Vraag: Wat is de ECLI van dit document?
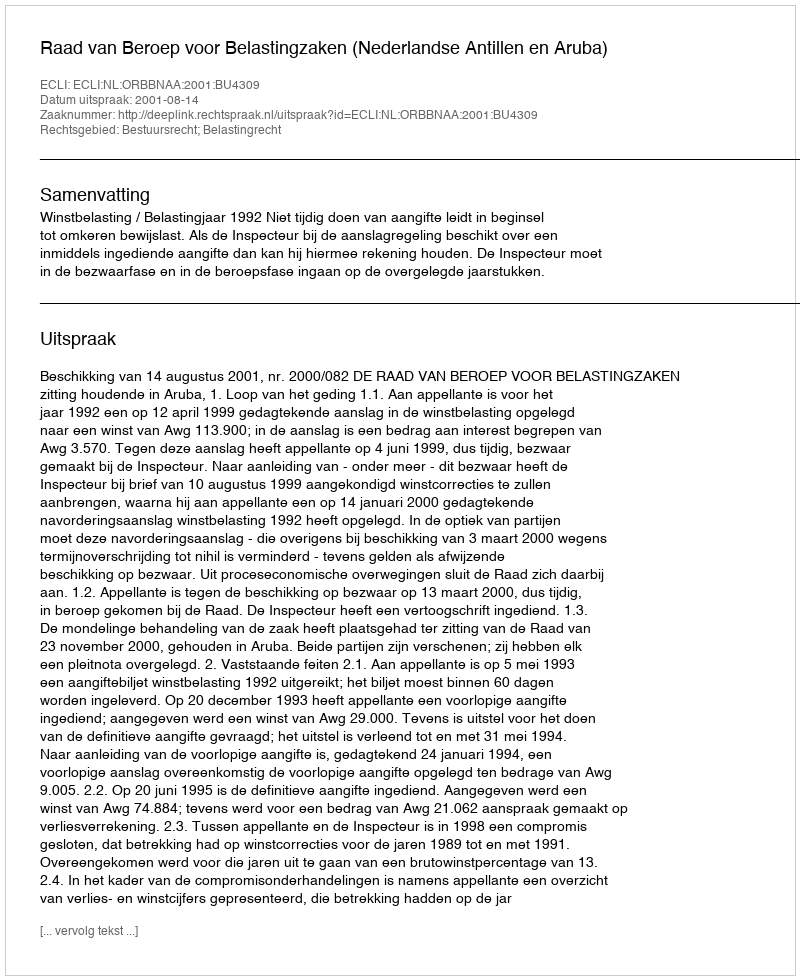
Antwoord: ECLI:NL:ORBBNAA:2001:BU4309